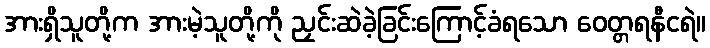
အားရှိသူတို့က အားမဲ့သူတို့ကို ညှင်းဆဲခဲ့ခြင်းကြောင့်ခံရသော ဝေတ္တရနီငရဲ။